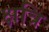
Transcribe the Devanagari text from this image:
क्षत्रि